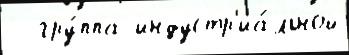
  гру́ппа индустр'иа́льной